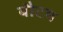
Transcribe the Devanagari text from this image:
बौटम